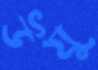
উযু